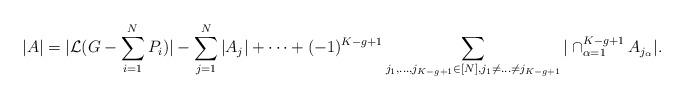
LaTeX: \begin{align*} |A| = |\mathcal{L}(G - \sum_{i = 1}^{N} P_i)| - \sum_{j = 1}^{N} |A_j| + \dots + (-1)^{K - g + 1} \sum_{j_1, \dots, j_{K - g + 1} \in [N], j_1 \neq \dots \neq j_{K - g + 1}} |\cap_{\alpha = 1}^{K - g + 1} A_{j_\alpha}|. \end{align*}